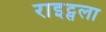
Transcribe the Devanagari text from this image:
राइट्सला